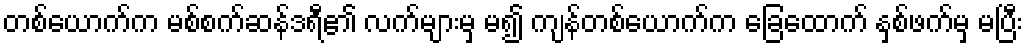
တစ်ယောက်က မစ်စက်ဆန်ဒရီ၏ လက်များမှ မ၍ ကျန်တစ်ယောက်က ခြေထောက် နှစ်ဖက်မှ မပြီး